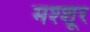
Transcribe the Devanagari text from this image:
मश्शूर